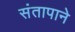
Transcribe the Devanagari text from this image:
संतापाने